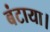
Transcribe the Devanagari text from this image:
बंटाया।